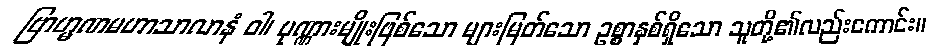
ဗြာဟ္မဏမဟာသာလာနံ ဝါ၊ ပုဏ္ဏားမျိုးဖြစ်သော များမြတ်သော ဥစ္စာနှစ်ရှိသော သူတို့၏လည်းကောင်း။